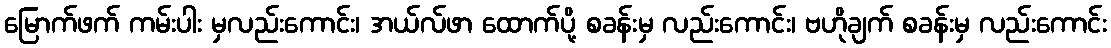
မြောက်ဖက် ကမ်းပါး မှလည်းကောင်း၊ အယ်လ်ဖာ ထောက်ပို့ စခန်းမှ လည်းကောင်း၊ ဗဟိုချက် စခန်းမှ လည်းကောင်း